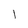
Character: 1